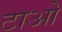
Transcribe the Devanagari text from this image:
टाओ